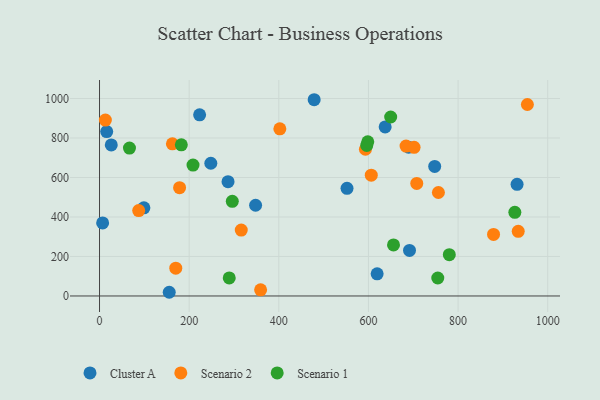
{"axis": {"x": "Ad Spend", "y": "Demand"}, "legend": ["Cluster A", "Scenario 1", "Scenario 2"], "data": [{"x": "691.6", "y": 230.8, "type": "Cluster A"}, {"x": "637.3", "y": 855.9, "type": "Cluster A"}, {"x": "552.2", "y": 545.4, "type": "Cluster A"}, {"x": "155.5", "y": 18.7, "type": "Cluster A"}, {"x": "747.8", "y": 656.0, "type": "Cluster A"}, {"x": "223.3", "y": 917.2, "type": "Cluster A"}, {"x": "348.2", "y": 459.4, "type": "Cluster A"}, {"x": "931.6", "y": 565.6, "type": "Cluster A"}, {"x": "619.4", "y": 112.3, "type": "Cluster A"}, {"x": "286.7", "y": 578.9, "type": "Cluster A"}, {"x": "478.9", "y": 993.9, "type": "Cluster A"}, {"x": "16.0", "y": 832.8, "type": "Cluster A"}, {"x": "99.0", "y": 446.3, "type": "Cluster A"}, {"x": "248.3", "y": 672.1, "type": "Cluster A"}, {"x": "689.7", "y": 753.4, "type": "Cluster A"}, {"x": "26.2", "y": 765.2, "type": "Cluster A"}, {"x": "6.9", "y": 369.8, "type": "Cluster A"}, {"x": "162.6", "y": 770.5, "type": "Scenario 2"}, {"x": "683.9", "y": 759.3, "type": "Scenario 2"}, {"x": "170.1", "y": 140.7, "type": "Scenario 2"}, {"x": "954.6", "y": 969.6, "type": "Scenario 2"}, {"x": "606.3", "y": 612.0, "type": "Scenario 2"}, {"x": "707.8", "y": 569.9, "type": "Scenario 2"}, {"x": "879.1", "y": 311.5, "type": "Scenario 2"}, {"x": "13.0", "y": 890.8, "type": "Scenario 2"}, {"x": "593.3", "y": 743.1, "type": "Scenario 2"}, {"x": "178.6", "y": 548.6, "type": "Scenario 2"}, {"x": "701.8", "y": 752.8, "type": "Scenario 2"}, {"x": "359.4", "y": 31.0, "type": "Scenario 2"}, {"x": "934.2", "y": 327.3, "type": "Scenario 2"}, {"x": "402.3", "y": 846.3, "type": "Scenario 2"}, {"x": "756.1", "y": 524.1, "type": "Scenario 2"}, {"x": "87.4", "y": 432.3, "type": "Scenario 2"}, {"x": "316.2", "y": 333.7, "type": "Scenario 2"}, {"x": "296.2", "y": 479.2, "type": "Scenario 1"}, {"x": "754.7", "y": 90.9, "type": "Scenario 1"}, {"x": "208.6", "y": 662.8, "type": "Scenario 1"}, {"x": "182.5", "y": 765.6, "type": "Scenario 1"}, {"x": "655.9", "y": 258.6, "type": "Scenario 1"}, {"x": "596.2", "y": 762.2, "type": "Scenario 1"}, {"x": "598.5", "y": 781.0, "type": "Scenario 1"}, {"x": "649.6", "y": 906.4, "type": "Scenario 1"}, {"x": "66.8", "y": 748.9, "type": "Scenario 1"}, {"x": "289.4", "y": 91.6, "type": "Scenario 1"}, {"x": "926.6", "y": 423.5, "type": "Scenario 1"}, {"x": "780.4", "y": 209.3, "type": "Scenario 1"}]}